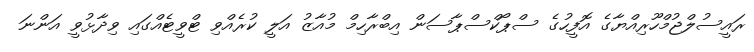
ރައީސުލްޖުމްހޫރިއްޔާގެ އޮފީހުގެ ސްޕޯކްސްޕާސަން އިބްރާހިމް މުއާޒު އަލީ ކުރެއްވި ޓްވީޓެއްގައި ވިދާޅުވީ އަންނަ